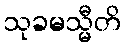
သုခမသ္မီတိ